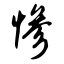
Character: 惨